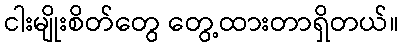
ငါးမျိုးစိတ်တွေ တွေ့ထားတာရှိတယ်။